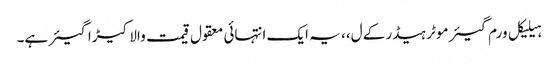
ہیلیکل ورم گیئر موٹر ہیڈر کے ل، ، یہ ایک انتہائی معقول قیمت والا کیڑا گیئر ہے۔